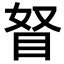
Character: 𥅄